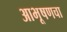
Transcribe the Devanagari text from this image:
आभूषणचा